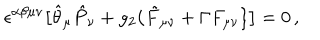
\epsilon ^ { \alpha \beta \mu \nu } \big [ \hat { \theta } _ { \mu } \hat { P } _ { \nu } + { \it g _ { 2 } } \{ \tilde { F } _ { \mu \nu } + \Gamma F _ { \mu \nu } \} \big ] = 0 \, ,